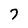
Character: 7